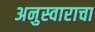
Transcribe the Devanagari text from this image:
अनुस्वाराचा